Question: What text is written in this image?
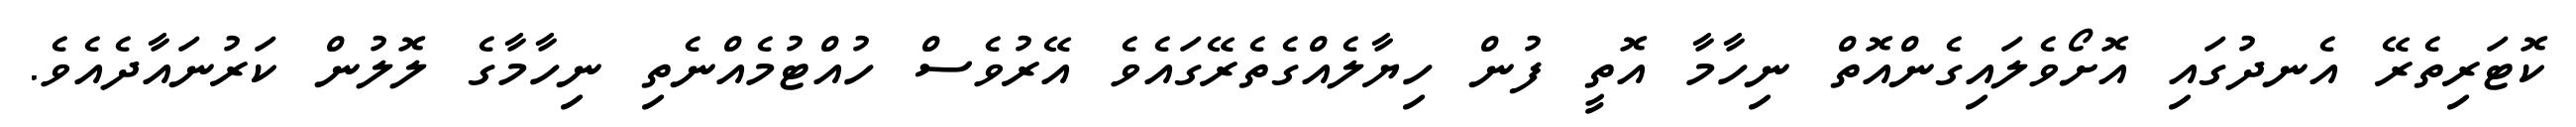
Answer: ކޮޓަރިތެރޭ އެނދުގައި އޮށޯވެލައިގެންއޮތް ނިހާމާ އޮތީ ފުން ހިޔާލެއްގެތެރޭގައެވެ އޭރުވެސް ހުއްޓުމެއްނެތި ނިހާމާގެ ލޮލުން ކަރުނައާދެއެވެ.